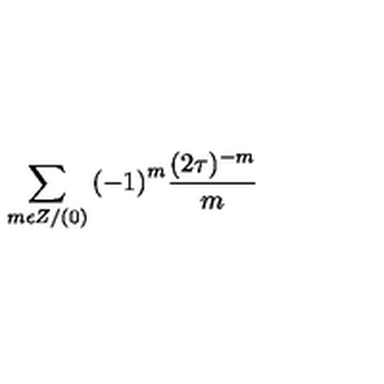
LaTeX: \sum _ { m \epsilon Z / ( 0 ) } { ( - 1 ) } ^ { m } \frac { ( 2 \tau ) ^ { - m } } { m }